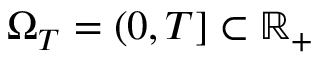
\Omega _ { T } = ( 0 , T ] \subset \mathbb { R } _ { + }